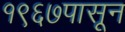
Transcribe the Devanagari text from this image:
१९६७पासून